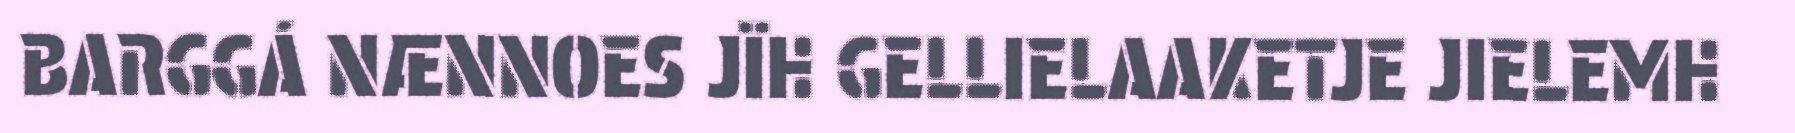
BARGGÁ NÆNNOES JÏH GELLIELAAKETJE JIELEMH